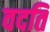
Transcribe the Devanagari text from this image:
वदति